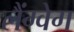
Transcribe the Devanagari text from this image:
लैंग्वेग